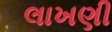
લાખણી